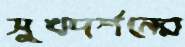
সুখদর্শনের